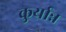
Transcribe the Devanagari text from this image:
कुर्यान्न